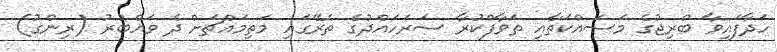
ހަދާފައިވާ ބްރިޖުގެ މަސައްކަތާއި ތަވާފްކުރާ ސަރަހައްދުގެ ތެރޭގައި މަތިމައްޗަށް ދެ ވައްބުރު (ރިންގު)